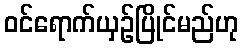
ဝင်ရောက်ယှဉ်ပြိုင်မည်ဟု